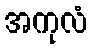
အကုလံ